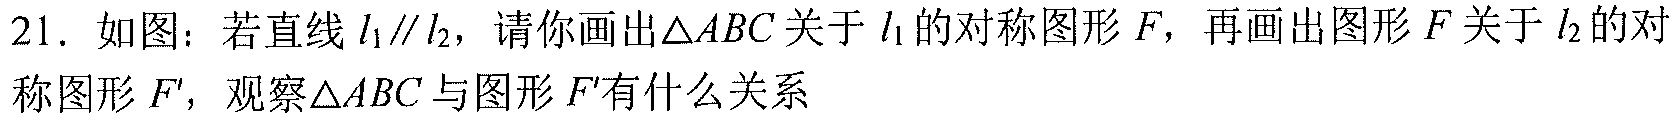
21. 如图：若直线\(l_{1}\parallel l_{2}\)，请你画出\(\triangle ABC\)关于\(l_{1}\)的对称图形\(F\)，再画出图形\(F\)关于\(l_{2}\)的对称图形\(F'\)，观察\(\triangle ABC\)与图形\(F'\)有什么关系